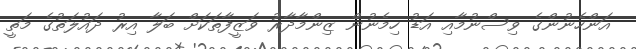
އަންހެނުންގެ ވިސްނުމާއި އަޑު ހިމެނުން ޒިންމާދާރު ވަޒީފާތަކަށް ބަލާ އިރު ދައުލަތުގެ މަތީ